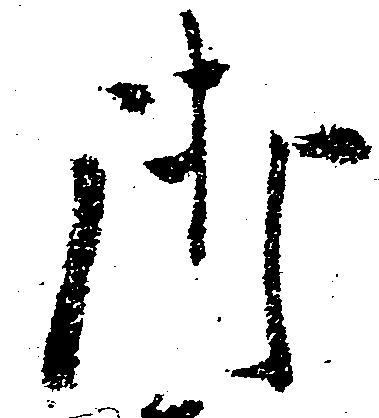
御